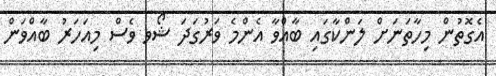
އެގޮތުން މިހާތަނަށް ލަންކާގައި ބާއްވާ އެންމެ ވަރުގަދަ ޝޯވ ވެސް މިއަހަރު ބާއްވަން